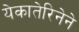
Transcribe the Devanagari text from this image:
येकातेरिनेने